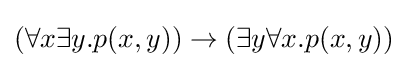
(\forall x\exists y.p(x,y))\rightarrow (\exists y\forall x.p(x,y))